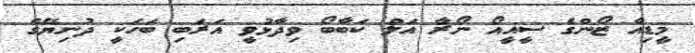
މީޑިއާ ޒޯންގެ ސީއީއޯ ނޯރާ އަލް ކަބާބޯ ވިދާޅުވީ އަރަބި ބަހަކީ ދުނިޔޭގެ